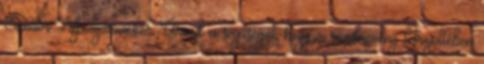
Sándor Alpolgármester Úrnak a segítségét, hogy a rendezvény létrejöttében